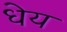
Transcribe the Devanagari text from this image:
धेय